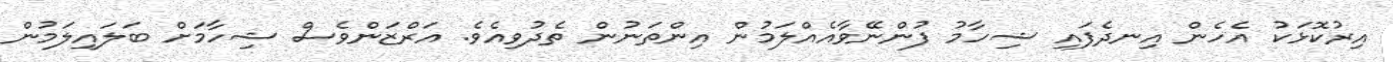
އިރުކޮޅަކު އެހެން އިނދެފައި ޝިހާމު ފުންނޭވާއެއްލަމުން އިންތަނުން ތެދުވިއެވެ. އަރްޒަންވެސް ޝިހާމަށް ބަލައިލަމުން